Burma Government Medical School reports 1907-22
Year: 1907
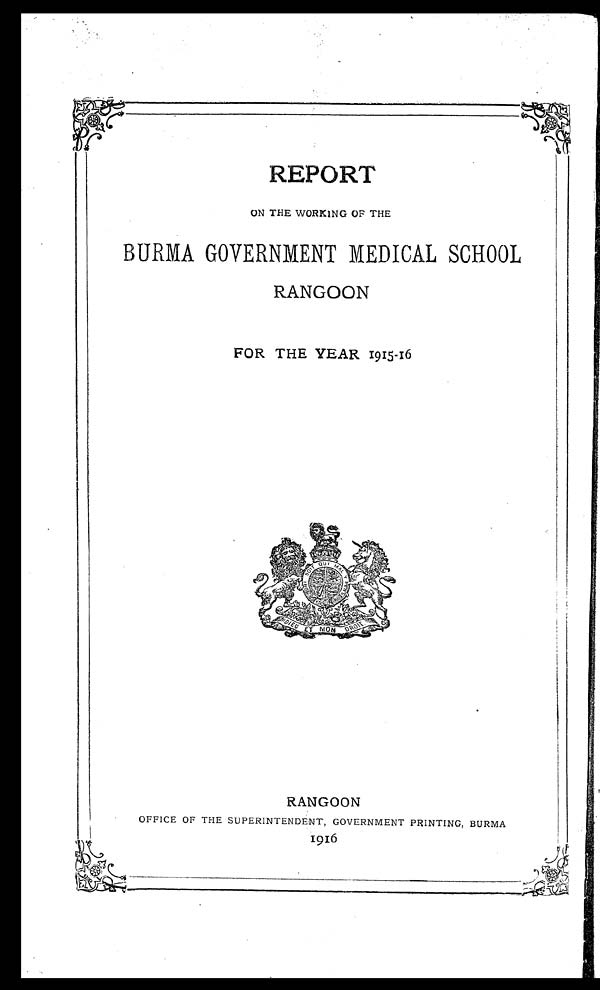
REPORT
ON THE WORKING OF THE
BURMA GOVERNMENT MEDICAL SCHOOL
RANGOON
FOR THE YEAR 1915-16
RANGOON
OFFICE OF THE SUPERINTENDENT, GOVERNMENT PRINTING, BURMA
1916